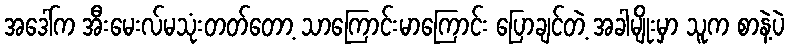
အဒေါ်က အီးမေးလ်မသုံးတတ်တော့ သာကြောင်းမာကြောင်း ပြောချင်တဲ့ အခါမျိုးမှာ သူက စာနဲ့ပဲ